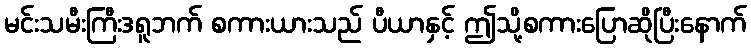
မင်းသမီးကြီးဒရူဘက် စကားယားသည် ပီယာနှင့် ဤသို့စကားပြောဆိုပြီးနောက်